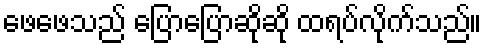
ဖေဖေသည် ပြောပြောဆိုဆို ထရပ်လိုက်သည်။